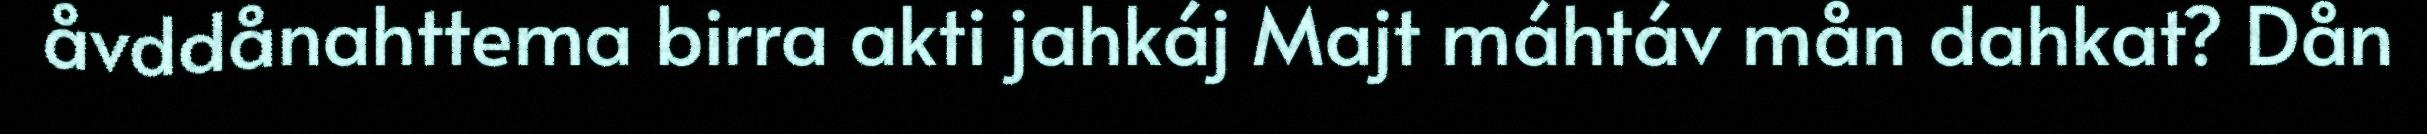
åvddånahttema birra akti jahkáj Majt máhtáv mån dahkat? Dån